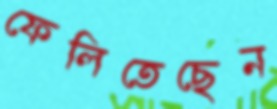
ফেলিতেছেন